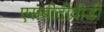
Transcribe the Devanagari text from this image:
एसबीटीवीडी